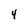
Character: 4